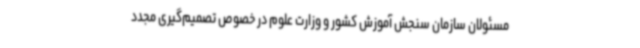
مسئولان سازمان سنجش آموزش کشور و وزارت علوم در خصوص تصمیم‌گیری مجدد